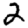
Digit: 2